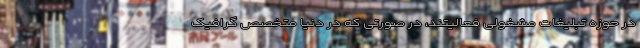
در حوزه تبلیغات مشغولی فعالیتند، در صورتی که در دنیا متخصص گرافیکِ